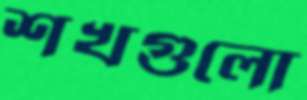
শখগুলো